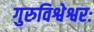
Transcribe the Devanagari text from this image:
गुरुविश्वेश्वरः